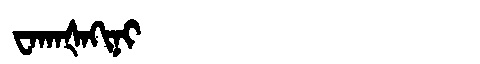
Manchu: ᠸᠠᡴᠠᡧᠠᡴᡳᠨᡳ
Romanization: WAKAŠAKINI